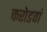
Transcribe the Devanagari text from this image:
करोडवां